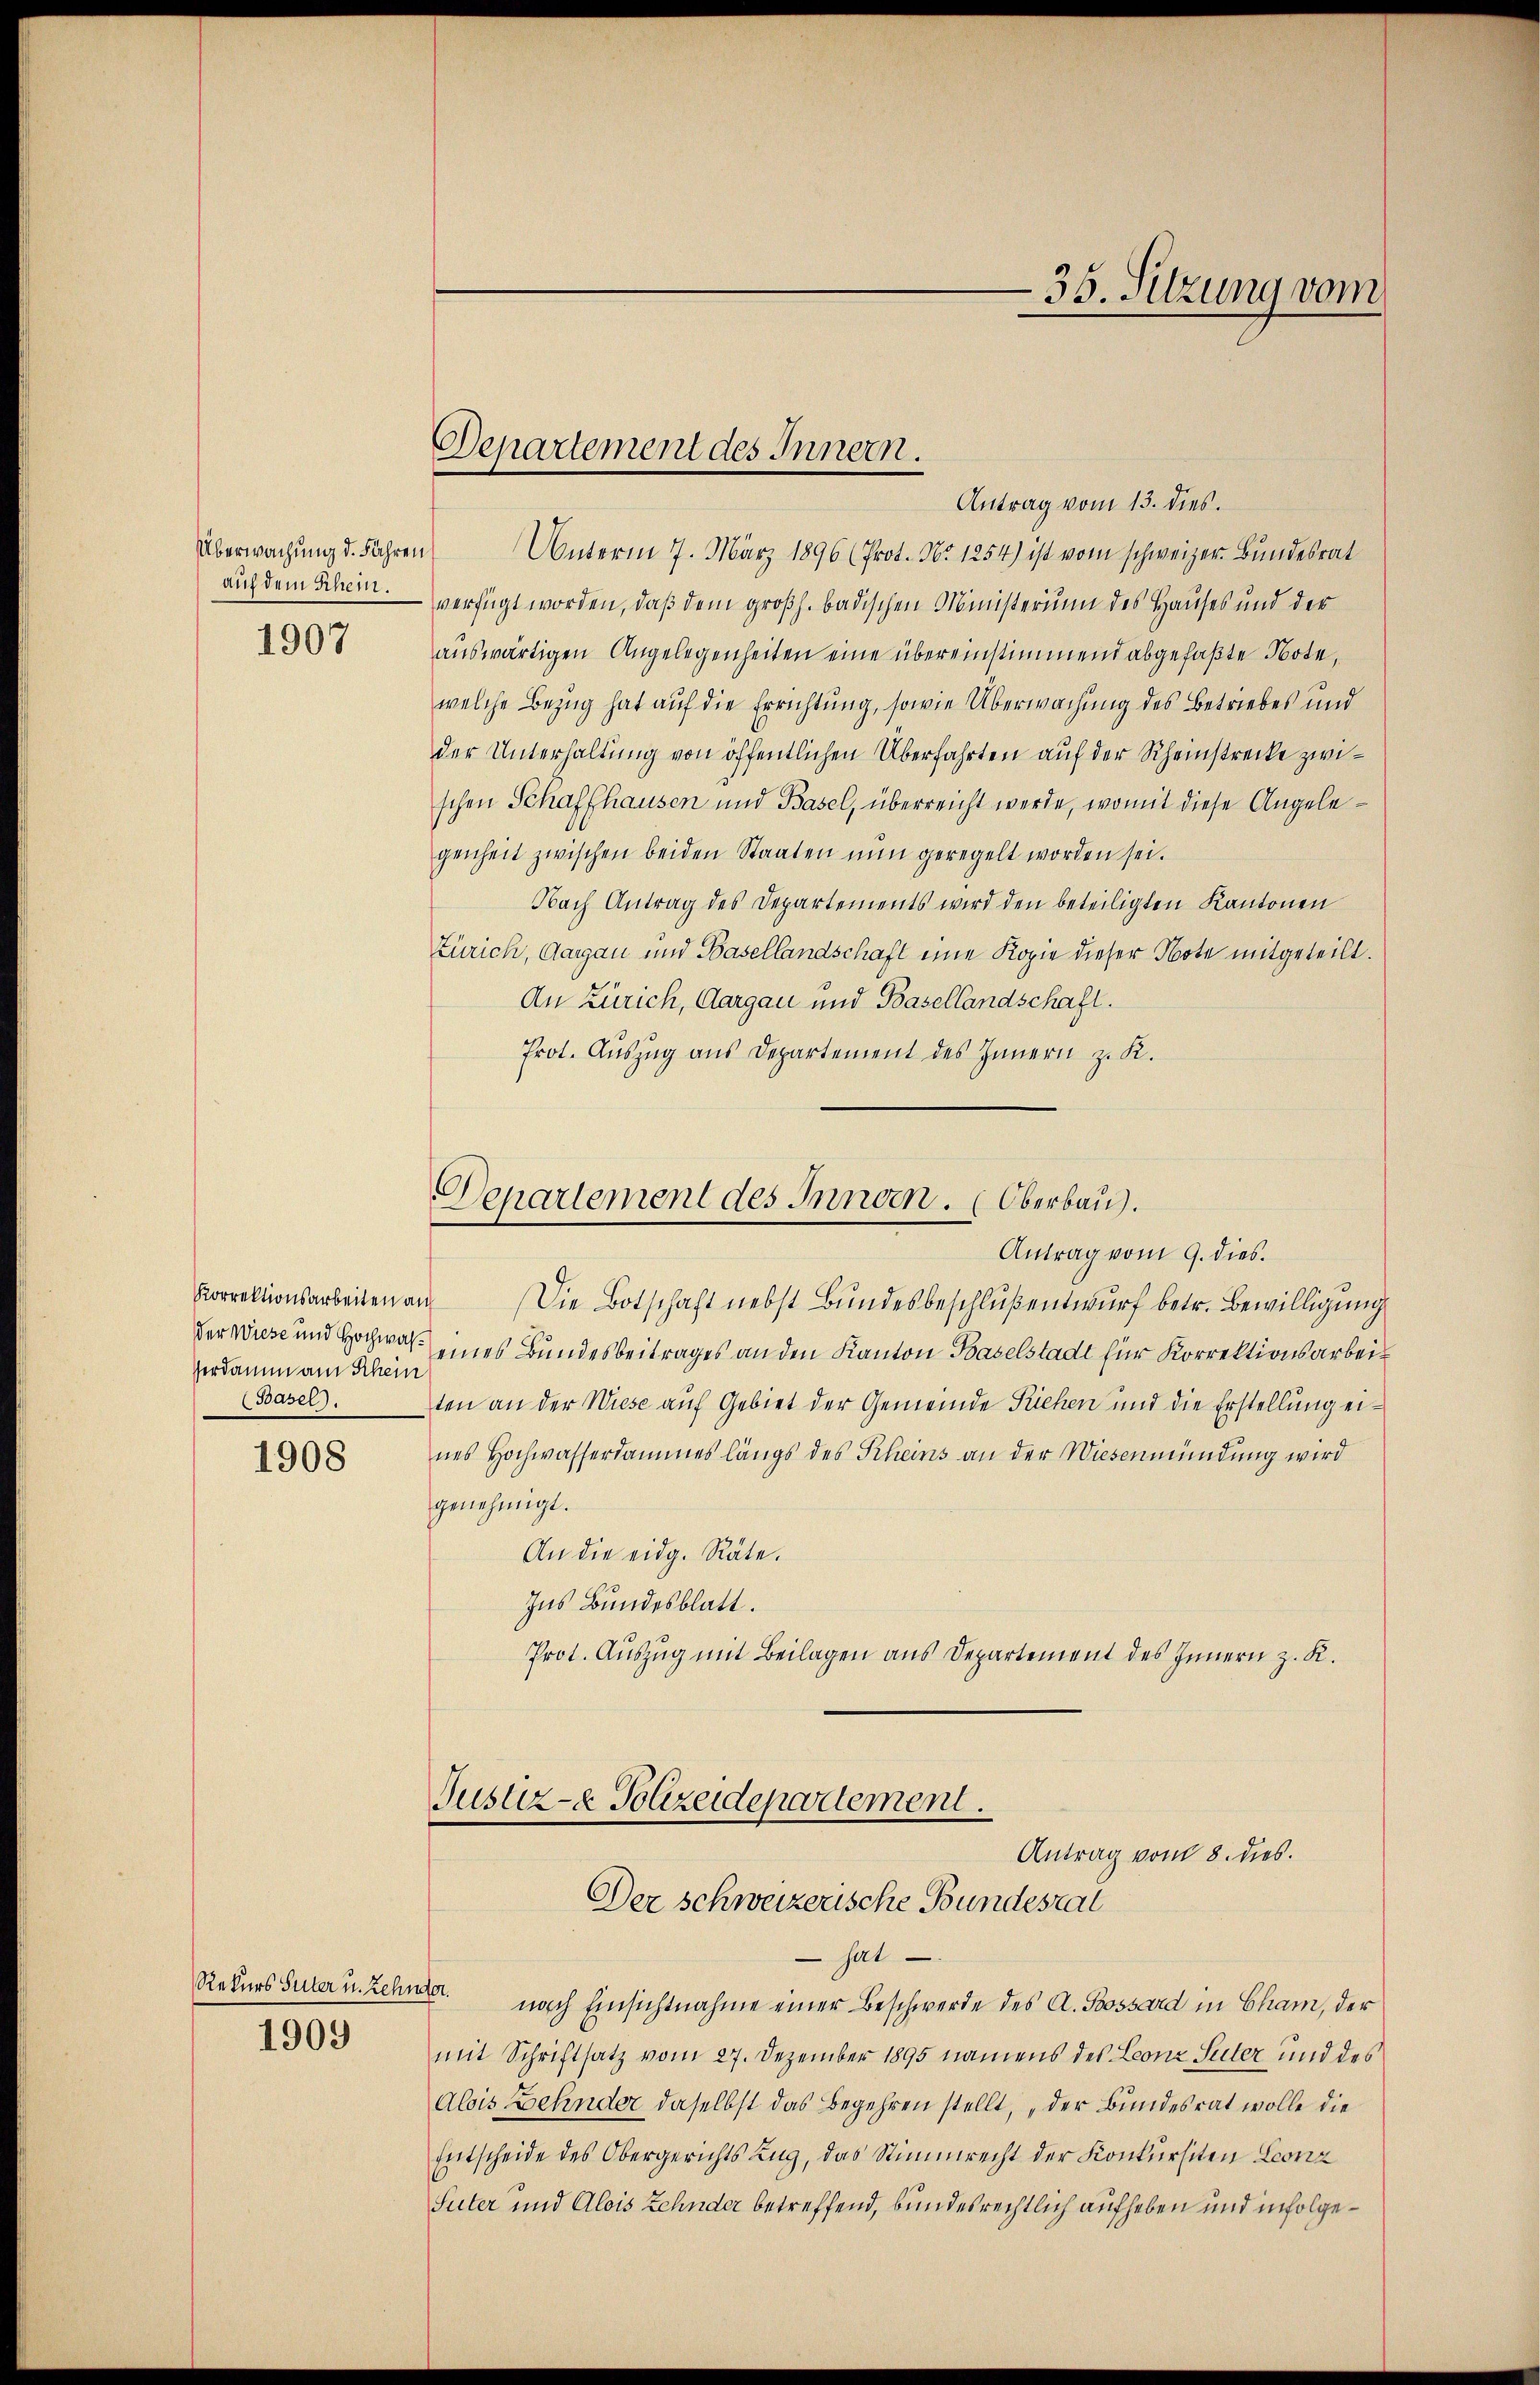
Überwachung d. Jahren
auf dem Schein.

1907

Korrektionsarbeiten a.
der Wiese und Hochwah¬
Verdamm am Schein
(Basel).

1908

1909

Departement des Innern.

Departement des Innern. Oberbau).
Antrag vom 9. dies.

35. Sitzung vom

Antrag vom 13. dies.
)
Unterm 7. März 1896 (Prot. No 1254) ist vom schweizer Bundesrat
verfügt worden, daß dem großh. badischen Ministerium des Hauses und der
auswärtigen Angelegenheiten eine übereinstimmend abgefaßte Note,
welche Bezug hat auf die Errichtung, sowie Überwachung des Betriebes und
der Unterhaltung von öffentlichen Überfahrten auf der Rheinstrecke zwischen Schaffhausen und Basel, überreicht werde, womit diese Angelegenheit zwischen beiden Staaten nŭn geregelt worden sei.
Nach Antrag des Departements wird den beteiligten Kantonen
Zürich, Aargau und Basellandschaft eine Kopie dieser Note mitgeteilt.
An Zürich, Aargau und Basellandschaft.
Prot. Auszug aus Departement des Innern z. K.
 Die Botschaft nebst Bundesbeschluß entwurf betr. Bewilligung
eines Bundesbeitrages an den Kanton Baselstadt für Korrektionsarbeiten an der Wiese auf Gebiet der Gemeinde Riehen und die Erstellung eines Hochwasserdammes längs des Scheins an der Wiesenmündung wird
genehmigt.
An die eidg. Räte.
Ins Bundesblatt.
Prot. Auszug mit Beilagen aus Departement des Innern z. K.
Justiz- & Polizeidepartement.
Antrag vom 8. dies.
Der schweizerische Bundestal
 hat.
Rekurs Suter u. Zehnte nach Einsichtnahme einer Beschwerde des A. Bossard in Cham, der
mit Schriftsatz vom 27. Dezember 1895 namens des Leonz Suter und des
Alois Zehnder daselbst das Begehren stellt, „der Bundesrat wolle die
Entscheide des Obergerichts Zug, das Stimmrecht der Konkursiten Leonz
Suter und Alois Zehnder betreffend, bundesrechtlich aufheben und infolge¬